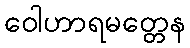
ဝေါဟာရမတ္တေန